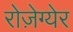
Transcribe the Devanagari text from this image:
रोज़ेग्येर